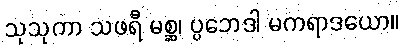
သုသုကာ သဖရီ မစ္ဆ၊ ပ္ပဘေဒါ မကရာဒယော။